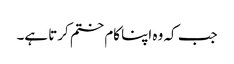
جب کہ وہ اپنا کام ختم کرتا ہے۔